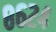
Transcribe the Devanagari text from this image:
८६२४